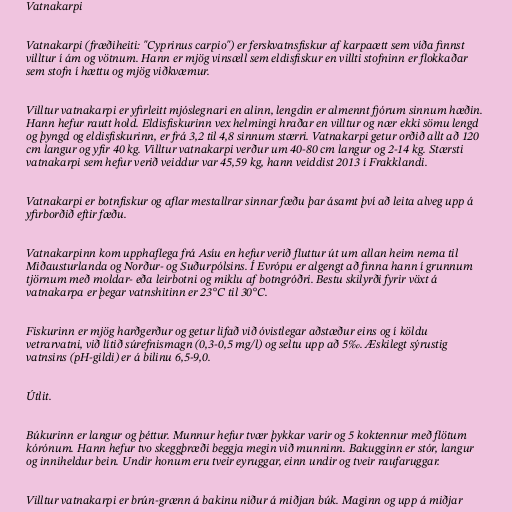
Vatnakarpi

Vatnakarpi (fræðiheiti: "Cyprinus carpio") er ferskvatnsfiskur af karpaætt sem víða finnst
villtur í ám og vötnum. Hann er mjög vinsæll sem eldisfiskur en villti stofninn er flokkaðar
sem stofn í hættu og mjög viðkvæmur.

Villtur vatnakarpi er yfirleitt mjóslegnari en alinn, lengdin er almennt fjórum sinnum hæðin.
Hann hefur rautt hold. Eldisfiskurinn vex helmingi hraðar en villtur og nær ekki sömu lengd
og þyngd og eldisfiskurinn, er frá 3,2 til 4,8 sinnum stærri. Vatnakarpi getur orðið allt að 120
cm langur og yfir 40 kg. Villtur vatnakarpi verður um 40-80 cm langur og 2-14 kg. Stærsti
vatnakarpi sem hefur verið veiddur var 45,59 kg, hann veiddist 2013 í Frakklandi.

Vatnakarpi er botnfiskur og aflar mestallrar sinnar fæðu þar ásamt því að leita alveg upp á
yfirborðið eftir fæðu.

Vatnakarpinn kom upphaflega frá Asíu en hefur verið fluttur út um allan heim nema til
Miðausturlanda og Norður- og Suðurpólsins. Í Evrópu er algengt að finna hann í grunnum
tjörnum með moldar- eða leirbotni og miklu af botngróðri. Bestu skilyrði fyrir vöxt á
vatnakarpa er þegar vatnshitinn er 23°C til 30°C.

Fiskurinn er mjög harðgerður og getur lifað við óvistlegar aðstæður eins og í köldu
vetrarvatni, við lítið súrefnismagn (0,3-0,5 mg/l) og seltu upp að 5‰. Æskilegt sýrustig
vatnsins (pH-gildi) er á bilinu 6,5-9,0.

Útlit.

Búkurinn er langur og þéttur. Munnur hefur tvær þykkar varir og 5 koktennur með flötum
kórónum. Hann hefur tvo skeggþræði beggja megin við munninn. Bakugginn er stór, langur
og inniheldur bein. Undir honum eru tveir eyruggar, einn undir og tveir raufaruggar.

Villtur vatnakarpi er brún-grænn á bakinu niður á miðjan búk. Maginn og upp á miðjar